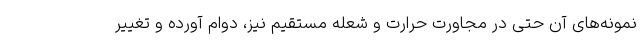
نمونه‌های آن حتی در مجاورت حرارت و شعله مستقیم نیز، دوام آورده و تغییر